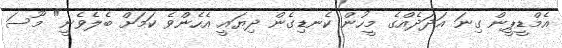
އެމްޑީޕީން ގިނަ އަދަދެއްގެ މީހުން ކެނޑިގެން ދިޔައީ އެހެންވެ ކަމަށް ބެލެވެނީ" މޫސަ